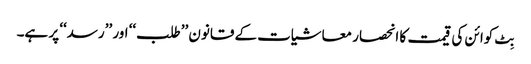
بِٹ کوائن کی قیمت کا انحصار معاشیات کے قانون ’’طلب‘‘ اور ’’رسد‘‘ پر ہے۔